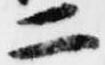
二